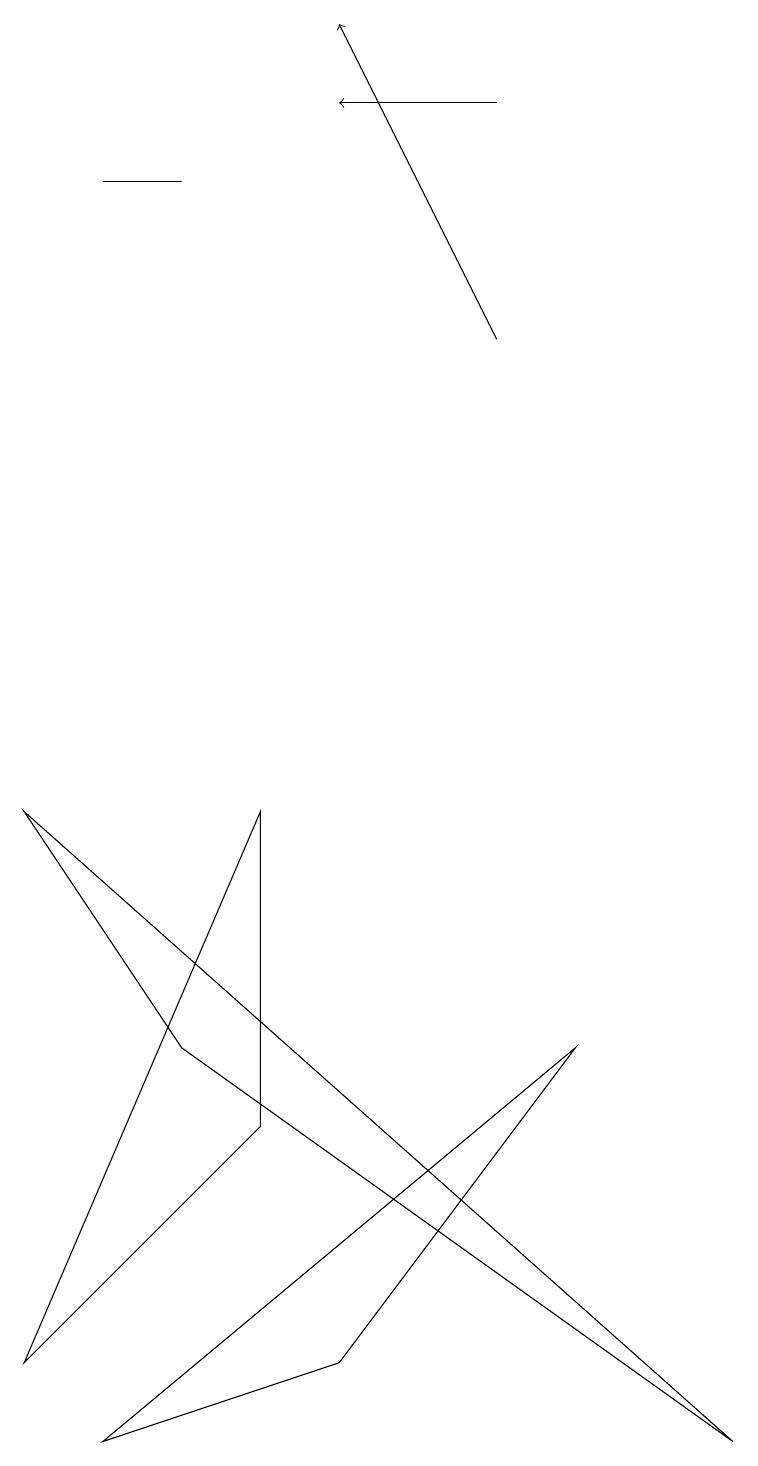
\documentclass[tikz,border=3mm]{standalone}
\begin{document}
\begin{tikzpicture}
\draw (0,1) -- (3,4) -- (3,8) -- cycle;
\draw (1,0) -- (7,5) -- (4,1) -- cycle;
\draw (1,16) rectangle (2,16);
\draw (9,0) -- (0,8) -- (2,5) -- cycle;
\draw[->] (6,17) -- (4,17);
\draw[->] (6,14) -- (4,18);
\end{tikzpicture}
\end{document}